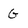
Character: G